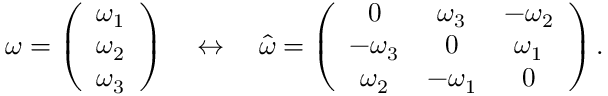
\begin{array} { r } { \boldsymbol \omega = \left( \begin{array} { c } { \omega _ { 1 } } \\ { \omega _ { 2 } } \\ { \omega _ { 3 } } \end{array} \right) \quad \leftrightarrow \quad \hat { \omega } = \left( \begin{array} { c c c } { 0 } & { \omega _ { 3 } } & { - \omega _ { 2 } } \\ { - \omega _ { 3 } } & { 0 } & { \omega _ { 1 } } \\ { \omega _ { 2 } } & { - \omega _ { 1 } } & { 0 } \end{array} \right) . } \end{array}